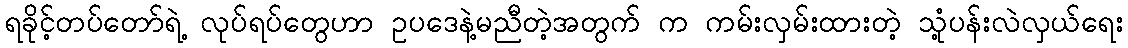
ရခိုင့်တပ်တော်ရဲ့ လုပ်ရပ်တွေဟာ ဥပဒေနဲ့မညီတဲ့အတွက် က ကမ်းလှမ်းထားတဲ့ သုံ့ပန်းလဲလှယ်ရေး